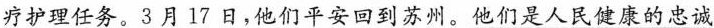
疗护理任务。3月17日，他们平安回到苏州。他们是人民健康的忠诚